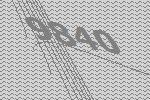
9840